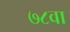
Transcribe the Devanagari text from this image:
७८वा